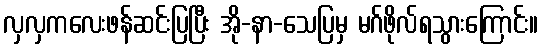
လှလှကလေးဖန်ဆင်းပြပြီး အို-နာ-သေပြမှ မဂ်ဖိုလ်ရသွားကြောင်း။